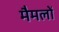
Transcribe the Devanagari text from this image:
मैमलों